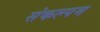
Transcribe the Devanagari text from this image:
संकल्पम